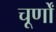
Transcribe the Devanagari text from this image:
चूर्णों